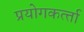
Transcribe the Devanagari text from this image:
प्रयोगकर्त्‍ता